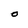
Character: O